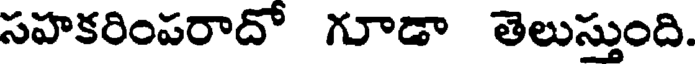
సహకరింపరాదో గూడా తెలుస్తుంది.